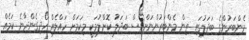
މެންބަރުންގެ ބަދަލުގައި ތިން މެންބަރުންނަށްވެސް ބަދަލު ކޮށްލުމަކީ މިކަމަށް ހައްލެއް ހޯދިގެންދާނެ ކަމެއް